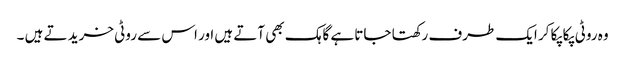
وہ روٹی پکا پکا کر ایک طرف رکھتا جاتا ہے گاہک بھی آتے ہیں اور اس سے روٹی خرید تے ہیں ۔